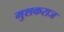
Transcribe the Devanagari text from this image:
मुशकराज